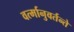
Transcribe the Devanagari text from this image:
वर्त्मानुवर्तन्ते